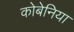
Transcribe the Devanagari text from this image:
कोबेनिया